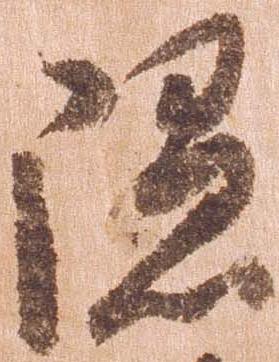
隠